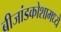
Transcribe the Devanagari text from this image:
बीजांडकोशामध्ये